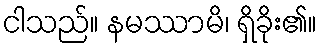
ငါသည်။ နမဿာမိ၊ ရှိခိုး၏။